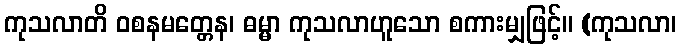
ကုသလာတိ ဝစနမတ္တေန၊ ဓမ္မာ ကုသလာဟူသော စကားမျှဖြင့်။ (ကုသလာ၊